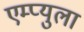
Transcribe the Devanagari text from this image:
एम्प्युला